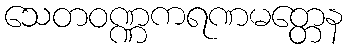
သေတဝဏ္ဏကရဏမတ္တေန